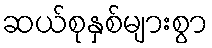
ဆယ်စုနှစ်များစွာ